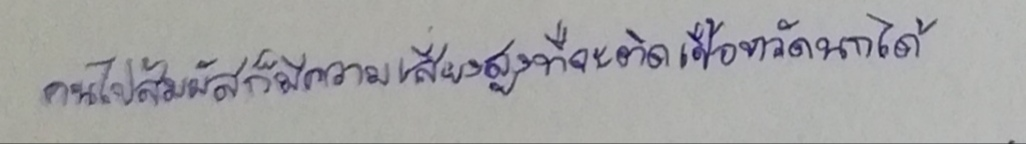
คนไปสัมผัสก็มีความเสี่ยงสูงที่จะติดเชื้อหวัดนกได้